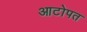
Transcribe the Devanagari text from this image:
आटोपत